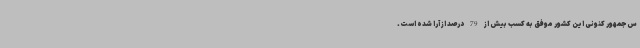
س‌جمهور کنونی این کشور موفق به کسب بیش از 79 درصد از آرا شده است.